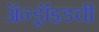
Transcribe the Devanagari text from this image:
ॲन्ड्रॉइडची